Annual report on the mental hospital in the Central Provinces and Berar (Nagpur) - 1927-1951
Year: 1927
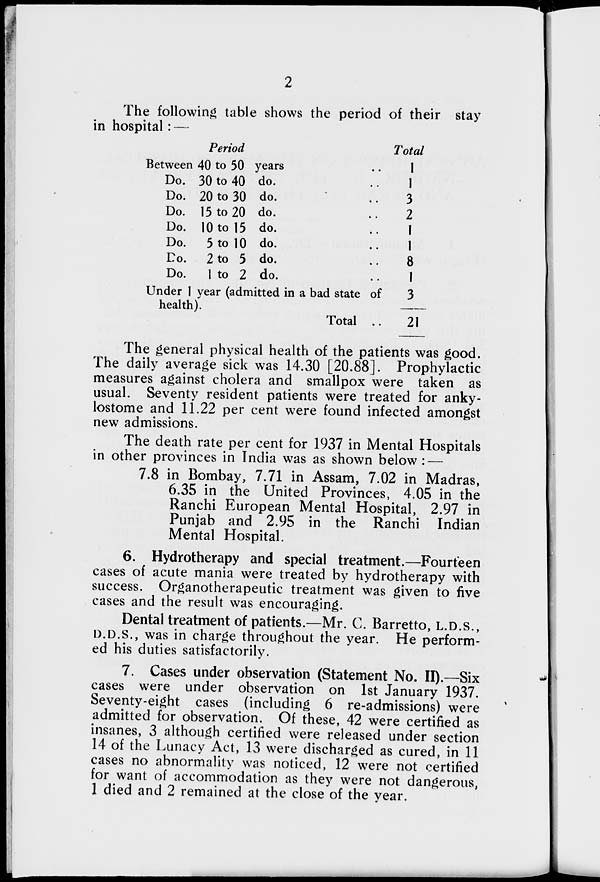
2
The following table shows the period of their stay
in hospital: —
Period
Between 40 to 50 years ..
Do. 30 to 40 do. ..
Do. 20 to 30 do. ..
Do. 15 to 20 do. ..
Do. 10 to 15 do. ..
Do. 5 to 10 do. ..
Do. 2 to 5 do. ..
Do. 1 to 2 do. ..
Under 1 year (admitted in a bad state of
health).
Total ..
Total
1
1
3
2
1
1
8
1
3
21
The general physical health of the patients was good.
The daily average sick was 14.30 [20.88]. Prophylactic
measures against cholera and smallpox were taken as
usual. Seventy resident patients were treated for anky-
lostome and 11.22 per cent were found infected amongst
new admissions.
The death rate per cent for 1937 in Mental Hospitals
in other provinces in India was as shown below : —
7.8 in Bombay, 7.71 in Assam, 7.02 in Madras,
6.35 in the United Provinces, 4.05 in the
Ranchi European Mental Hospital, 2.97 in
Punjab and 2.95 in the Ranchi Indian
Mental Hospital.
6. Hydrotherapy and special treatment.—Fourteen
cases of acute mania were treated by hydrotherapy with
success. Organotherapeutic treatment was given to five
cases and the result was encouraging.
Dental treatment of patients.—Mr. C. Barretto, L.D.S.,
D.D.S., was in charge throughout the year. He perform-
ed his duties satisfactorily.
7. Cases under observation (Statement No. II).—Six
cases were under observation on 1st January 1937.
Seventy-eight cases (including 6 re-admissions) were
admitted for observation. Of these, 42 were certified as
insanes, 3 although certified were released under section
14 of the Lunacy Act, 13 were discharged as cured, in 11
cases no abnormality was noticed, 12 were not certified
for want of accommodation as they were not dangerous,
1 died and 2 remained at the close of the year.